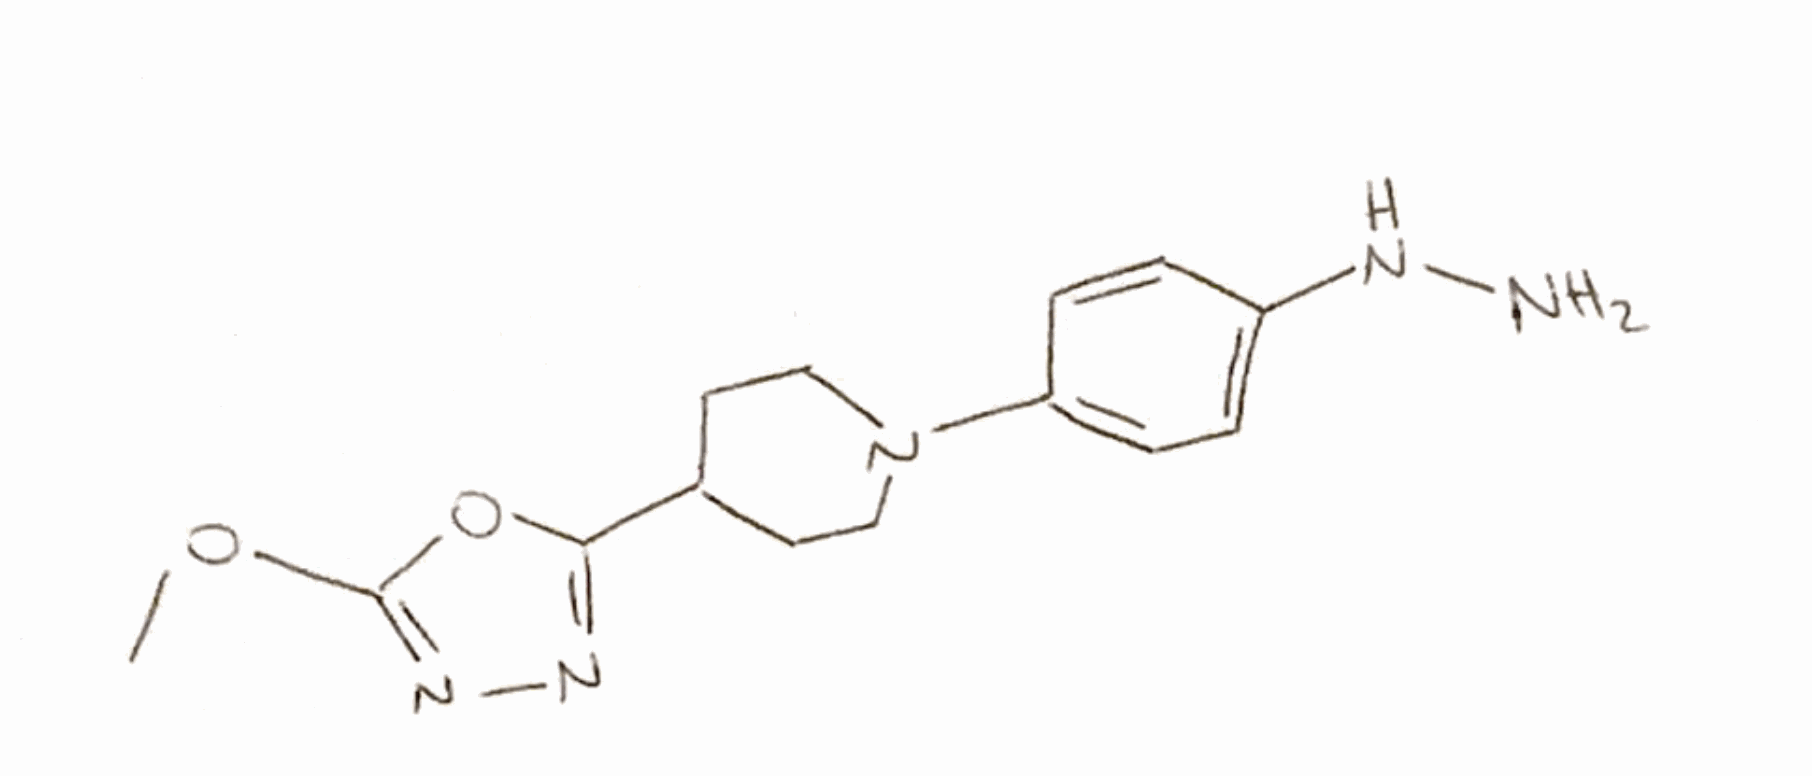
Simplified molecular-input line-entry system (SMILES) notation of the given molecule:
COC1=NN=C(O1)C2CCN(CC2)C3=CC=C(C=C3)NN